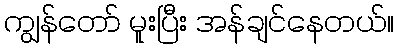
ကျွန်တော် မူးပြီး အန်ချင်နေတယ်။